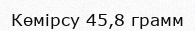
Көмірсу 45,8 грамм